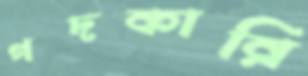
গদকারি